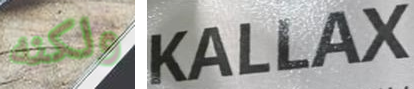
ولكنه KALLAX